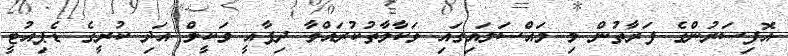
އޮފިސަރުންގެ ފަރާތުން މި މައްސަލައިގައި ވަކާލާތުކުރައްވާ ދިފާއީ ވަކީލް އަދި ކުރީގެ ޑެޕިއުޓީ